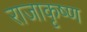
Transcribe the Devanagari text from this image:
राजाकृष्ण